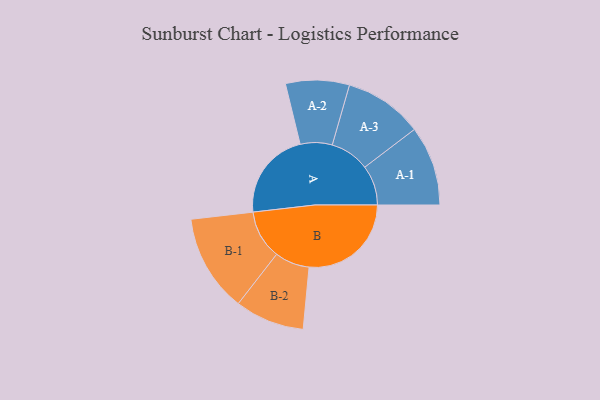
{"axis": {"x": "Segment", "y": "Value"}, "legend": ["", "A", "B"], "data": [{"x": "A", "y": 309, "type": ""}, {"x": "B", "y": 356, "type": ""}, {"x": "A-1", "y": 139, "type": "A"}, {"x": "A-2", "y": 111, "type": "A"}, {"x": "A-3", "y": 137, "type": "A"}, {"x": "B-1", "y": 170, "type": "B"}, {"x": "B-2", "y": 121, "type": "B"}]}